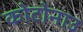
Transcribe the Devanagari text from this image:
कोटोनाउ